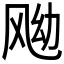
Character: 𱃖